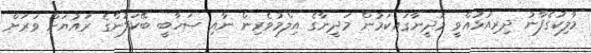
މާލިކުގެފާނު ދިރިއުޅުއްވީ މަދީނާގައިކަމުން މަދީނާގެ އިލްމުވެރިން ނާއި ޞަހާބީ ބޭކަލުންގެ ރައުޔަށް ވަރަށް